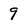
Character: 9